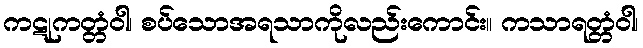
ကဋုကတ္တံဝါ၊ စပ်သောအရသာကိုလည်းကောင်း။ ကသာရတ္တံဝါ၊